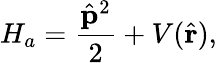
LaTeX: H_{a}=\frac{\hat{\mathbf{p}}^{2}}{2}+V(\hat{\mathbf{r}}),